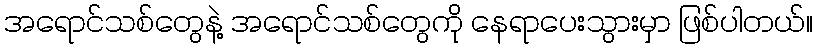
အရောင်သစ်တွေနဲ့ အရောင်သစ်တွေကို နေရာပေးသွားမှာ ဖြစ်ပါတယ်။